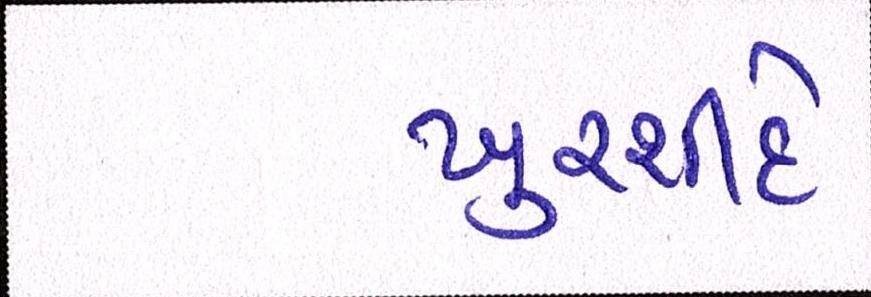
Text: ખુરશીદે